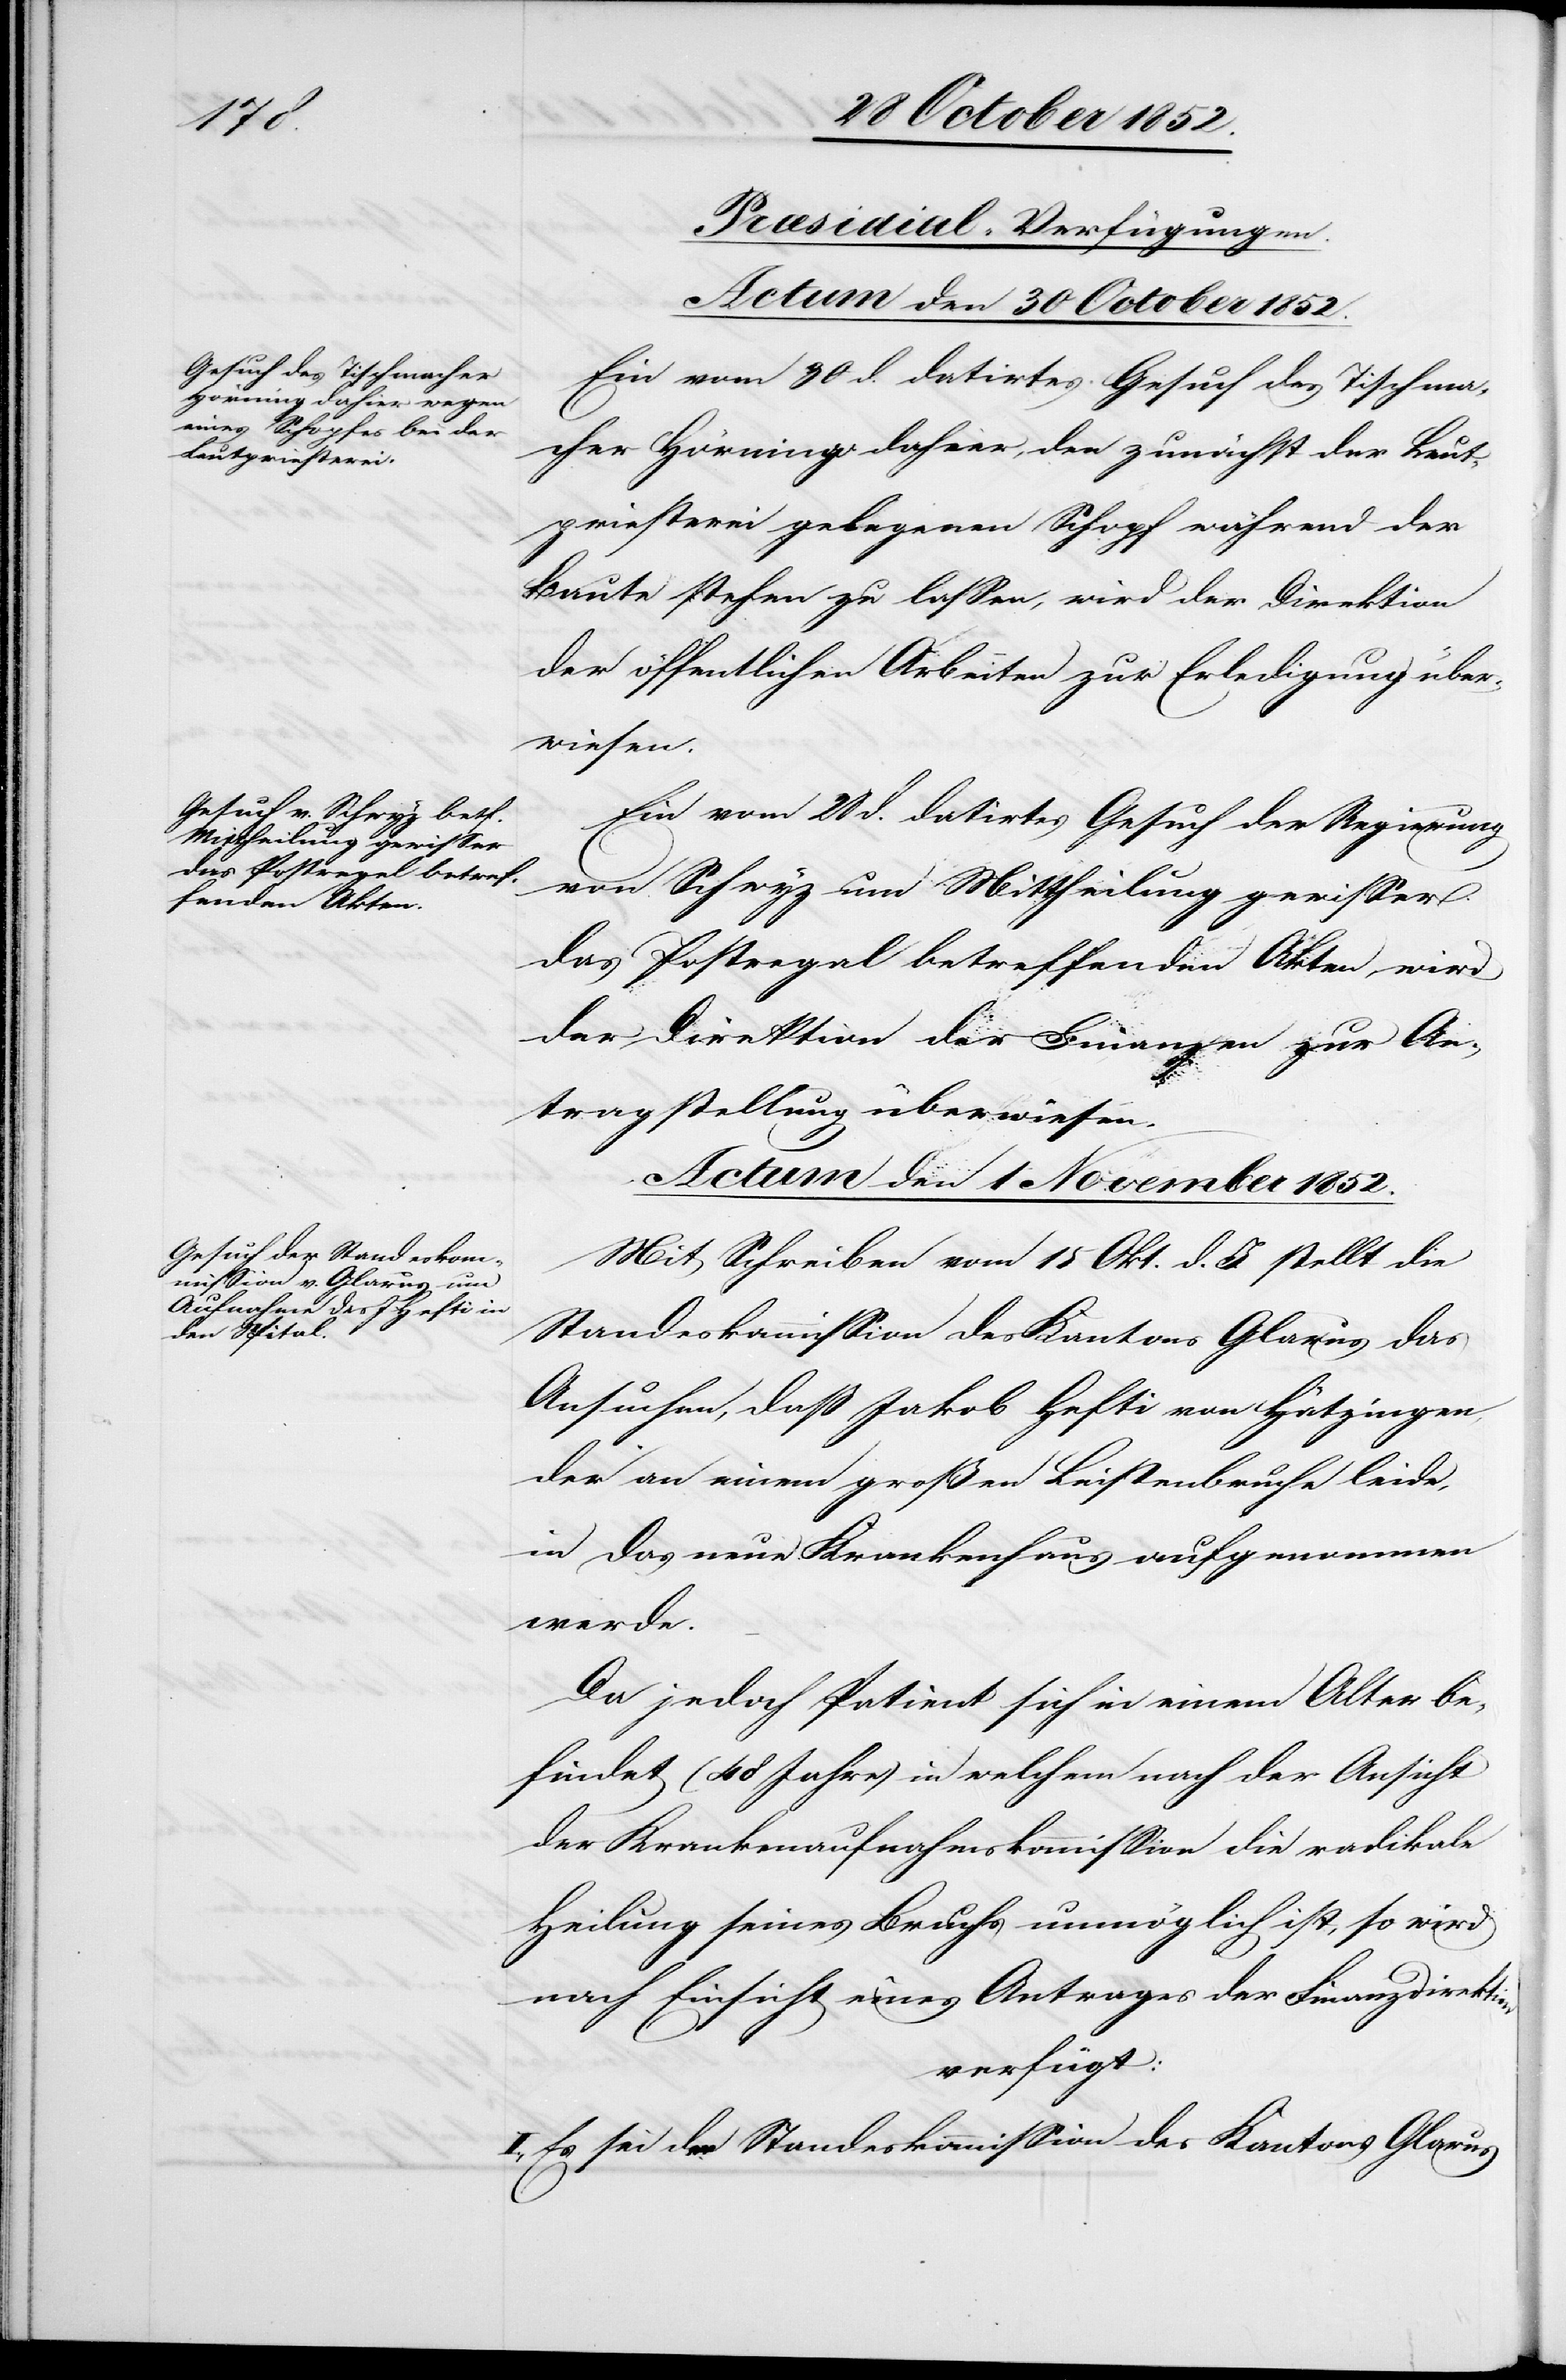
[Præsidial-Verfügungen.]
Actum den 30 October 1852.]
Ein vom 30 d. datirtes Gesuch des Tischma¬
cher Hörning dahier, den zunächst der Leut¬
priesterei gelegenen Schopf während der
Baute stehen zu lassen, wird der Direktion
der öffentlichen Arbeiten zur Erledigung über¬
wiesen.
Ein vom 28 d. datirtes Gesuch der Regierung
von Schwyz um Mittheilung gewisser
das Postregal betreffenden Akten wird
der Direktion der Finanzen zur An¬
tragstellung überwiesen.
Actum den 1 November 1852.
Mit Schreiben vom 15 Okt. d. J. stellt die
Standeskommission des Kantons Glarus das
Ansuchen, daß Jakob Hefti von Hätzingen,
der an einem großen Leistenbruche leide,
in das neue Krankenhaus aufgenommen
werde.
Da jedoch Patient sich in einem Alter be¬
findet (48 Jahre) in welchem nach der Ansicht
der Krankenaufnahmskommission die radikale
Heilung seines Bruchs unmöglich ist, so wird
nach Einsicht eines Antrages der Finanzdirektion
verfügt:
I., Es sei der Standeskommission des Kantons Glarus